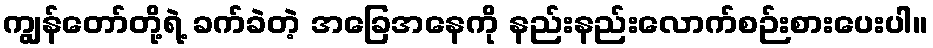
ကျွန်တော်တို့ရဲ့ ခက်ခဲတဲ့ အခြေအနေကို နည်းနည်းလောက်စဉ်းစားပေးပါ။